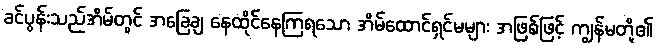
ခင်ပွန်းသည်အိမ်တွင် အခြေချ နေထိုင်နေကြရသော အိမ်ထောင်ရှင်မများ အဖြစ်ဖြင့် ကျွန်မတို့၏